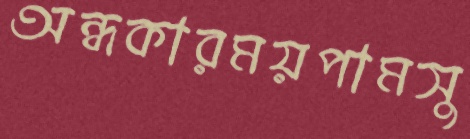
অন্ধকারময়পামসু